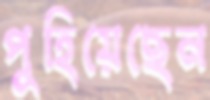
পুহিয়েছেন